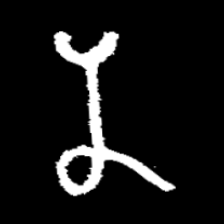
Pyu character \u2014 Myanmar letter: န (romanized: na)